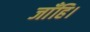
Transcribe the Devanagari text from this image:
जाँहि।